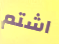
اشتم